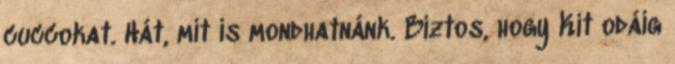
cuccokat. Hát, mit is mondhatnánk. Biztos, hogy Kit odáig